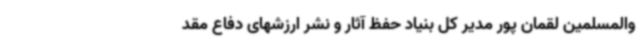
والمسلمین لقمان پور مدیر کل بنیاد حفظ آثار و نشر ارزشهای دفاع مقد